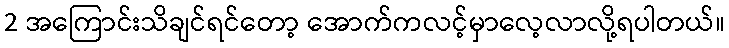
2 အကြောင်းသိချင်ရင်တော့ အောက်ကလင့်မှာလေ့လာလို့ရပါတယ်။